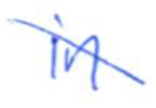
Text: in
Cross-out: diagonal
Writing tool: ballpoint